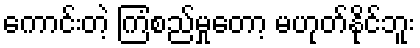
ကောင်းတဲ့ ကြံစည်မှုတော့ မဟုတ်နိုင်ဘူး